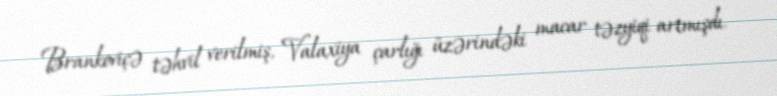
Brankoviçə təhvil verilmiş, Valaxiya çarlığı üzərindəki macar təzyiqi artmışdı.